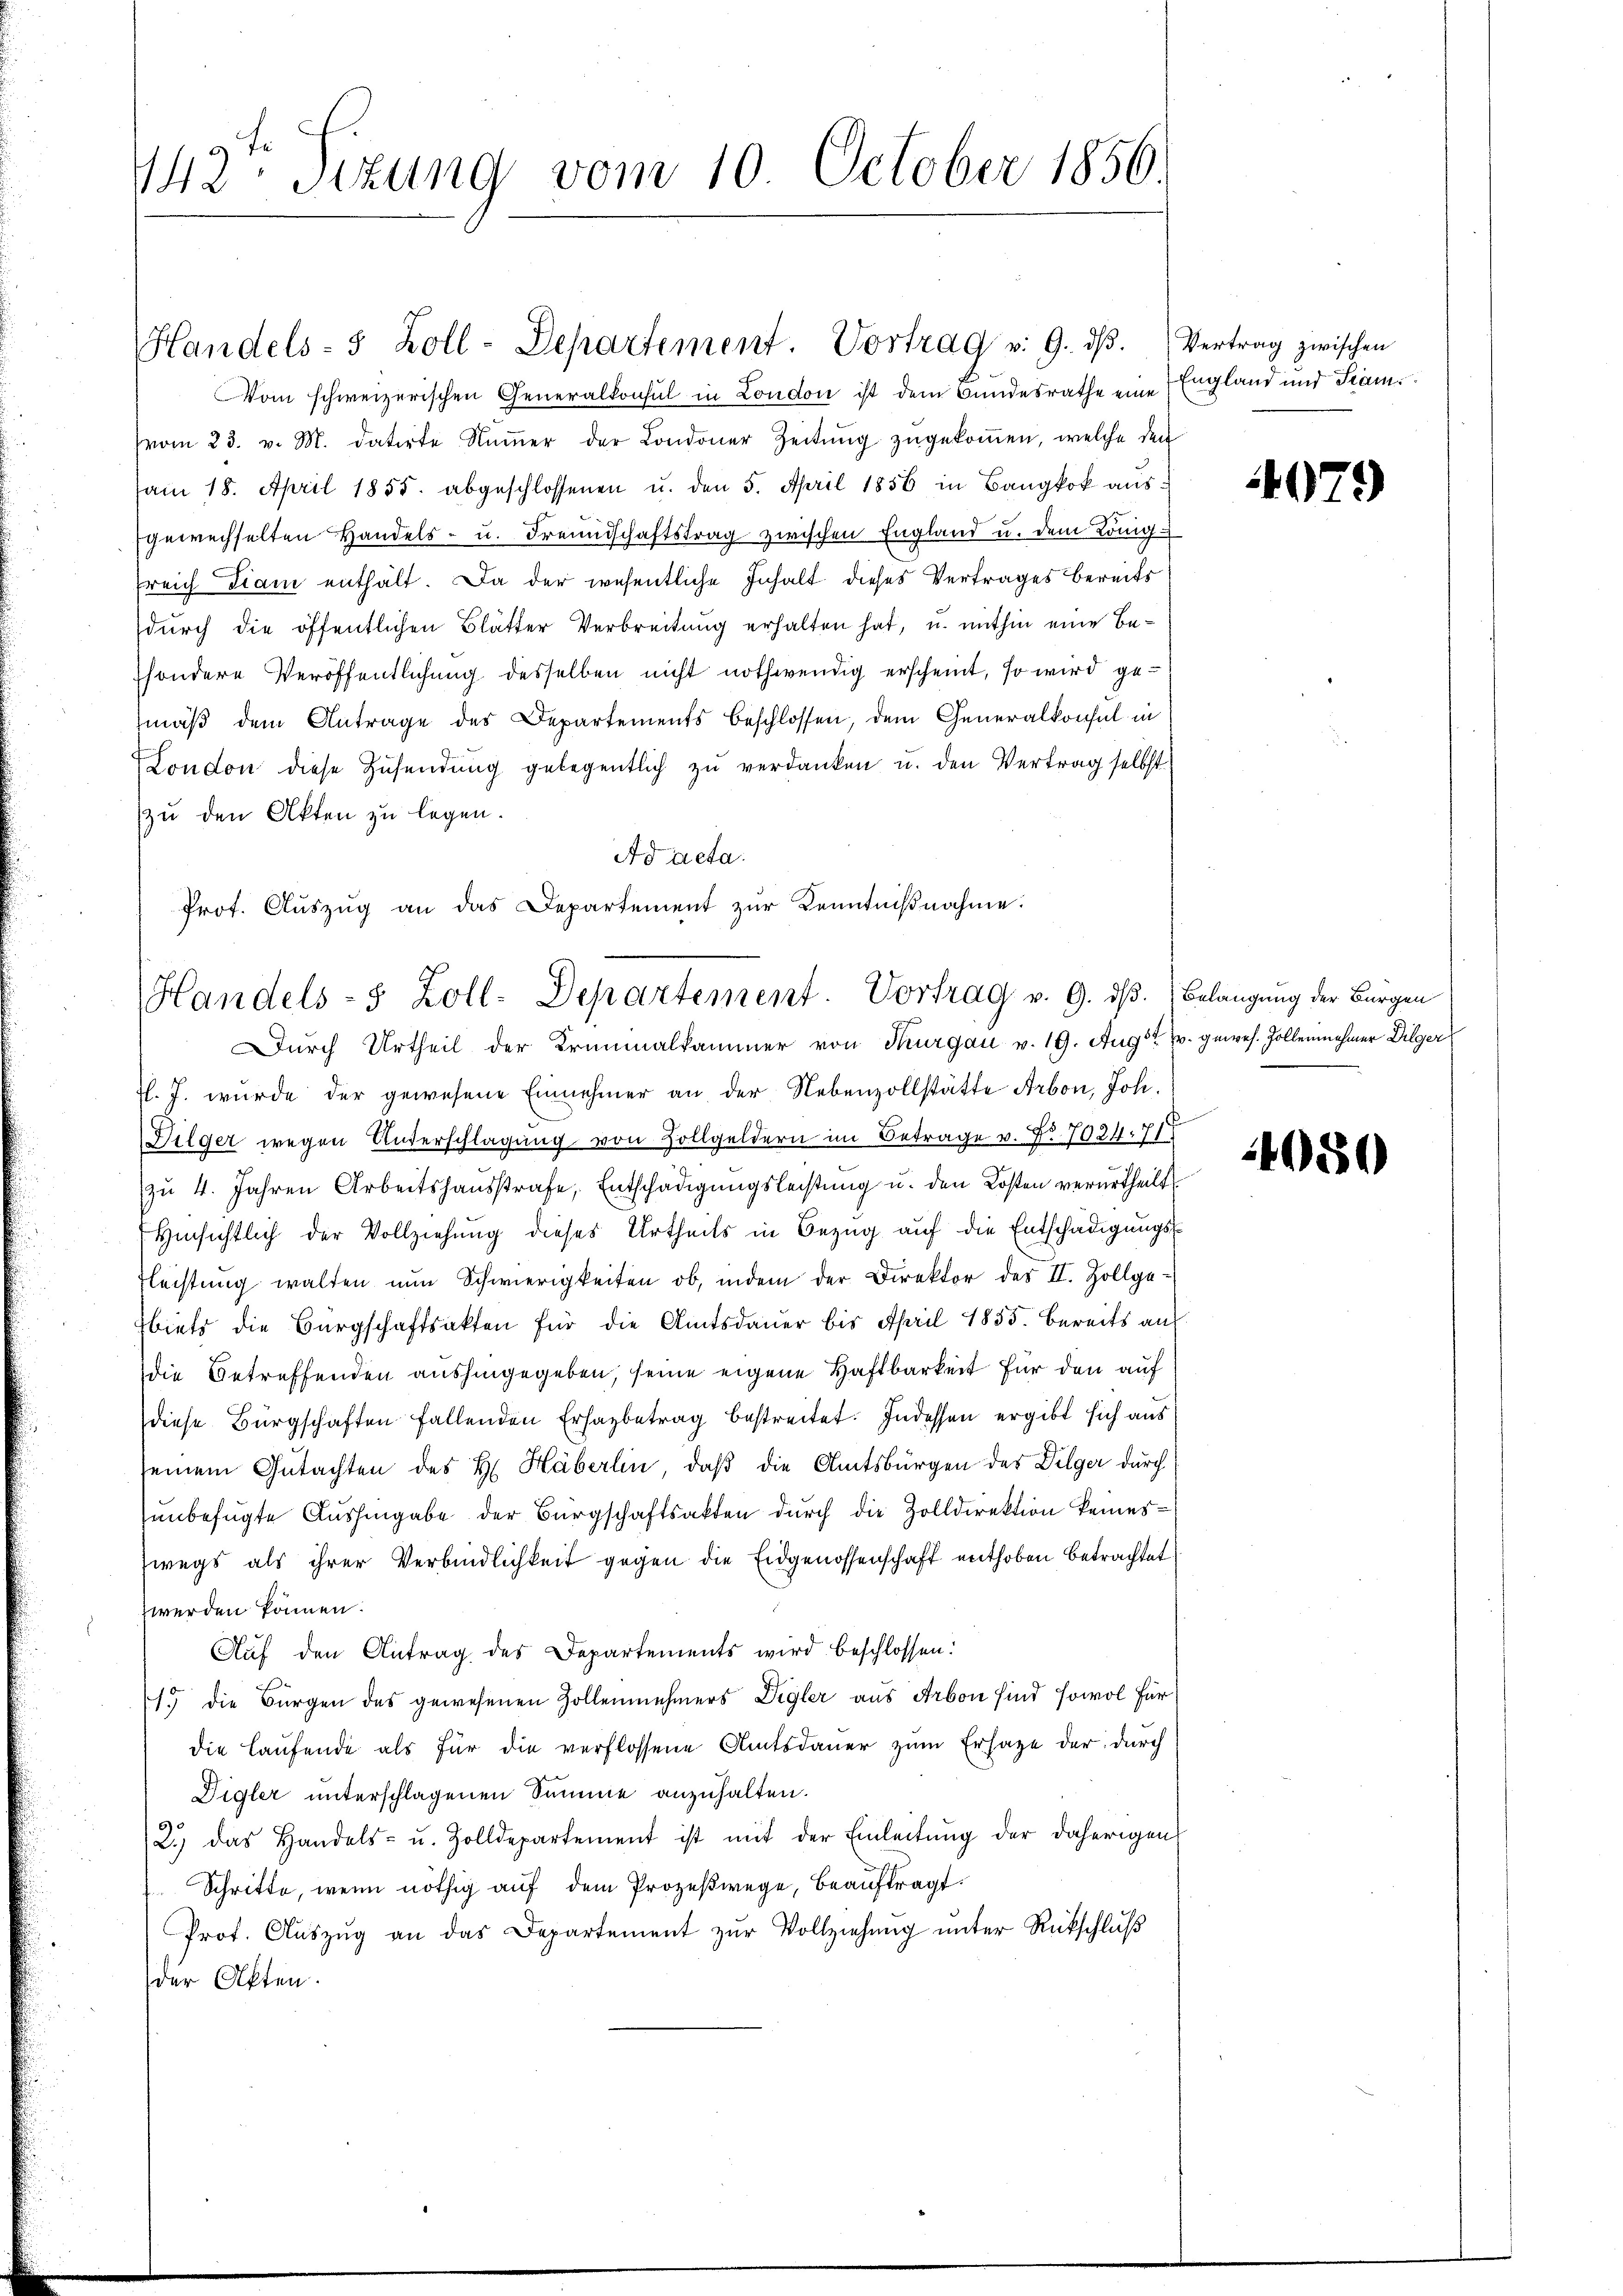
142: Sizung vom 10. October 1856.

Handels- 5 Zoll-Departement. Vortrag v. 9. dβ. Vertrag zwischen
Vom schweizerischen Generalkonsul in London ist dem Bundesrathe eine
vom 23. v. M. datirte Nŭṁer der Londoner Zeitŭng zŭgekoṁen, welche der
am 18. April 1855. abgeschlossenen u. den 5. April 1856 in Bangkok aŭs-
gewechselten Handels- u. Freundschaftstrag zwischen England u. dem König.
sreich Diam enthält. Da der wesentliche Inhalt dieses Vertrages bereits
durch die öffentlichen Blätter Verbreitung erhalten hat, u. mithin eine Besondere Veröffentlichung desselben nicht nothwendig erscheint, so wird gemäß dem Antrage des Departements beschlossen, dem Generalkonsul in
London diese Zŭsendŭng gelegentlich zŭ verdanken u. den Vertrag selbst
zu den Akten zu legen.
Ad acta.
Jl. J. wurde der gewesene Einnehmer an der Nebenzollstätte Arbon, Joh.
Dilger wegen Unterschlagung von Zollgeldern im Betrage v. Fr. 7021. 718
zu 4. Jahren Arbeitshausstrafe, Entschädigungsleistung u. den Kosten verurtheilt
Hinsichtlich der Vollziehung dieses Urtheils in Bezug auf die Entschädigungs-
Fleistung walten nun Schwierigkeiten ob, indem der Direktor des II. Zollge-
biets die Bürgschaftsakten für die Amtsdauer bis April 1855. bereits auf
die Betreffenden aushingegeben, seine eigene Haftbarkeit für den auf
diese Bürgschaften fallenden Erhalbetrag bestreitet. Indessen ergibt sich aus
seinem Gutachten des H. Häberlin, daß die Amtsbürgen des Dilger durch
unbefügte Aushingabe der Bürgschaftsakten durch die Zolldirektion keineswegs als ihrer Verbindlichkeit gegen die Eidgenossenschaft enthoben betrachtet
zwerden können.
Auf den Antrag des Departements wird beschlossen:
.
15 die Bürgen des gewesenen Zollennehmers Digler aus Arbon sind sowol für
die Laufende als für die verflossene Amtsdauer zum Ersage der durch
Digler unterschlagenen Summe anzuhalten.
2.) das Handels- u. Zolldepartement ist mit der Einleitung der daherigen
Schritte, wenn nöthig auf dem Prozeßwege, beauftragt.
Prof. Aŭszŭg an das Departement zŭr Vollziehŭng ŭnter Rückschlŭβ
der Akten.

Prot. Aŭszŭg an das Departement zŭr Kenntniβnahme.
Handels- 5 Zoll-Departement. Vortrag v. 9. dß. Belangung der Bürgen
Durch Urtheil der Kriminalkammer von Thurgau v. 19. Aug z. gewes. Zollennehmer Dilger

England und Tram

07.)

4080